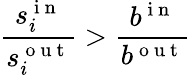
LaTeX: \frac{s_{i}^{\mathrm{~i~n~}}}{s_{i}^{\mathrm{~o~u~t~}}}>\frac{b^{\mathrm{~i~n~}}}{b^{\mathrm{~o~u~t~}}}